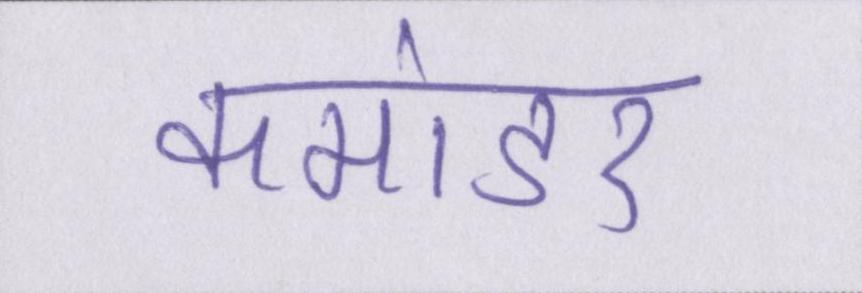
कमांडर